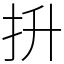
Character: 抍